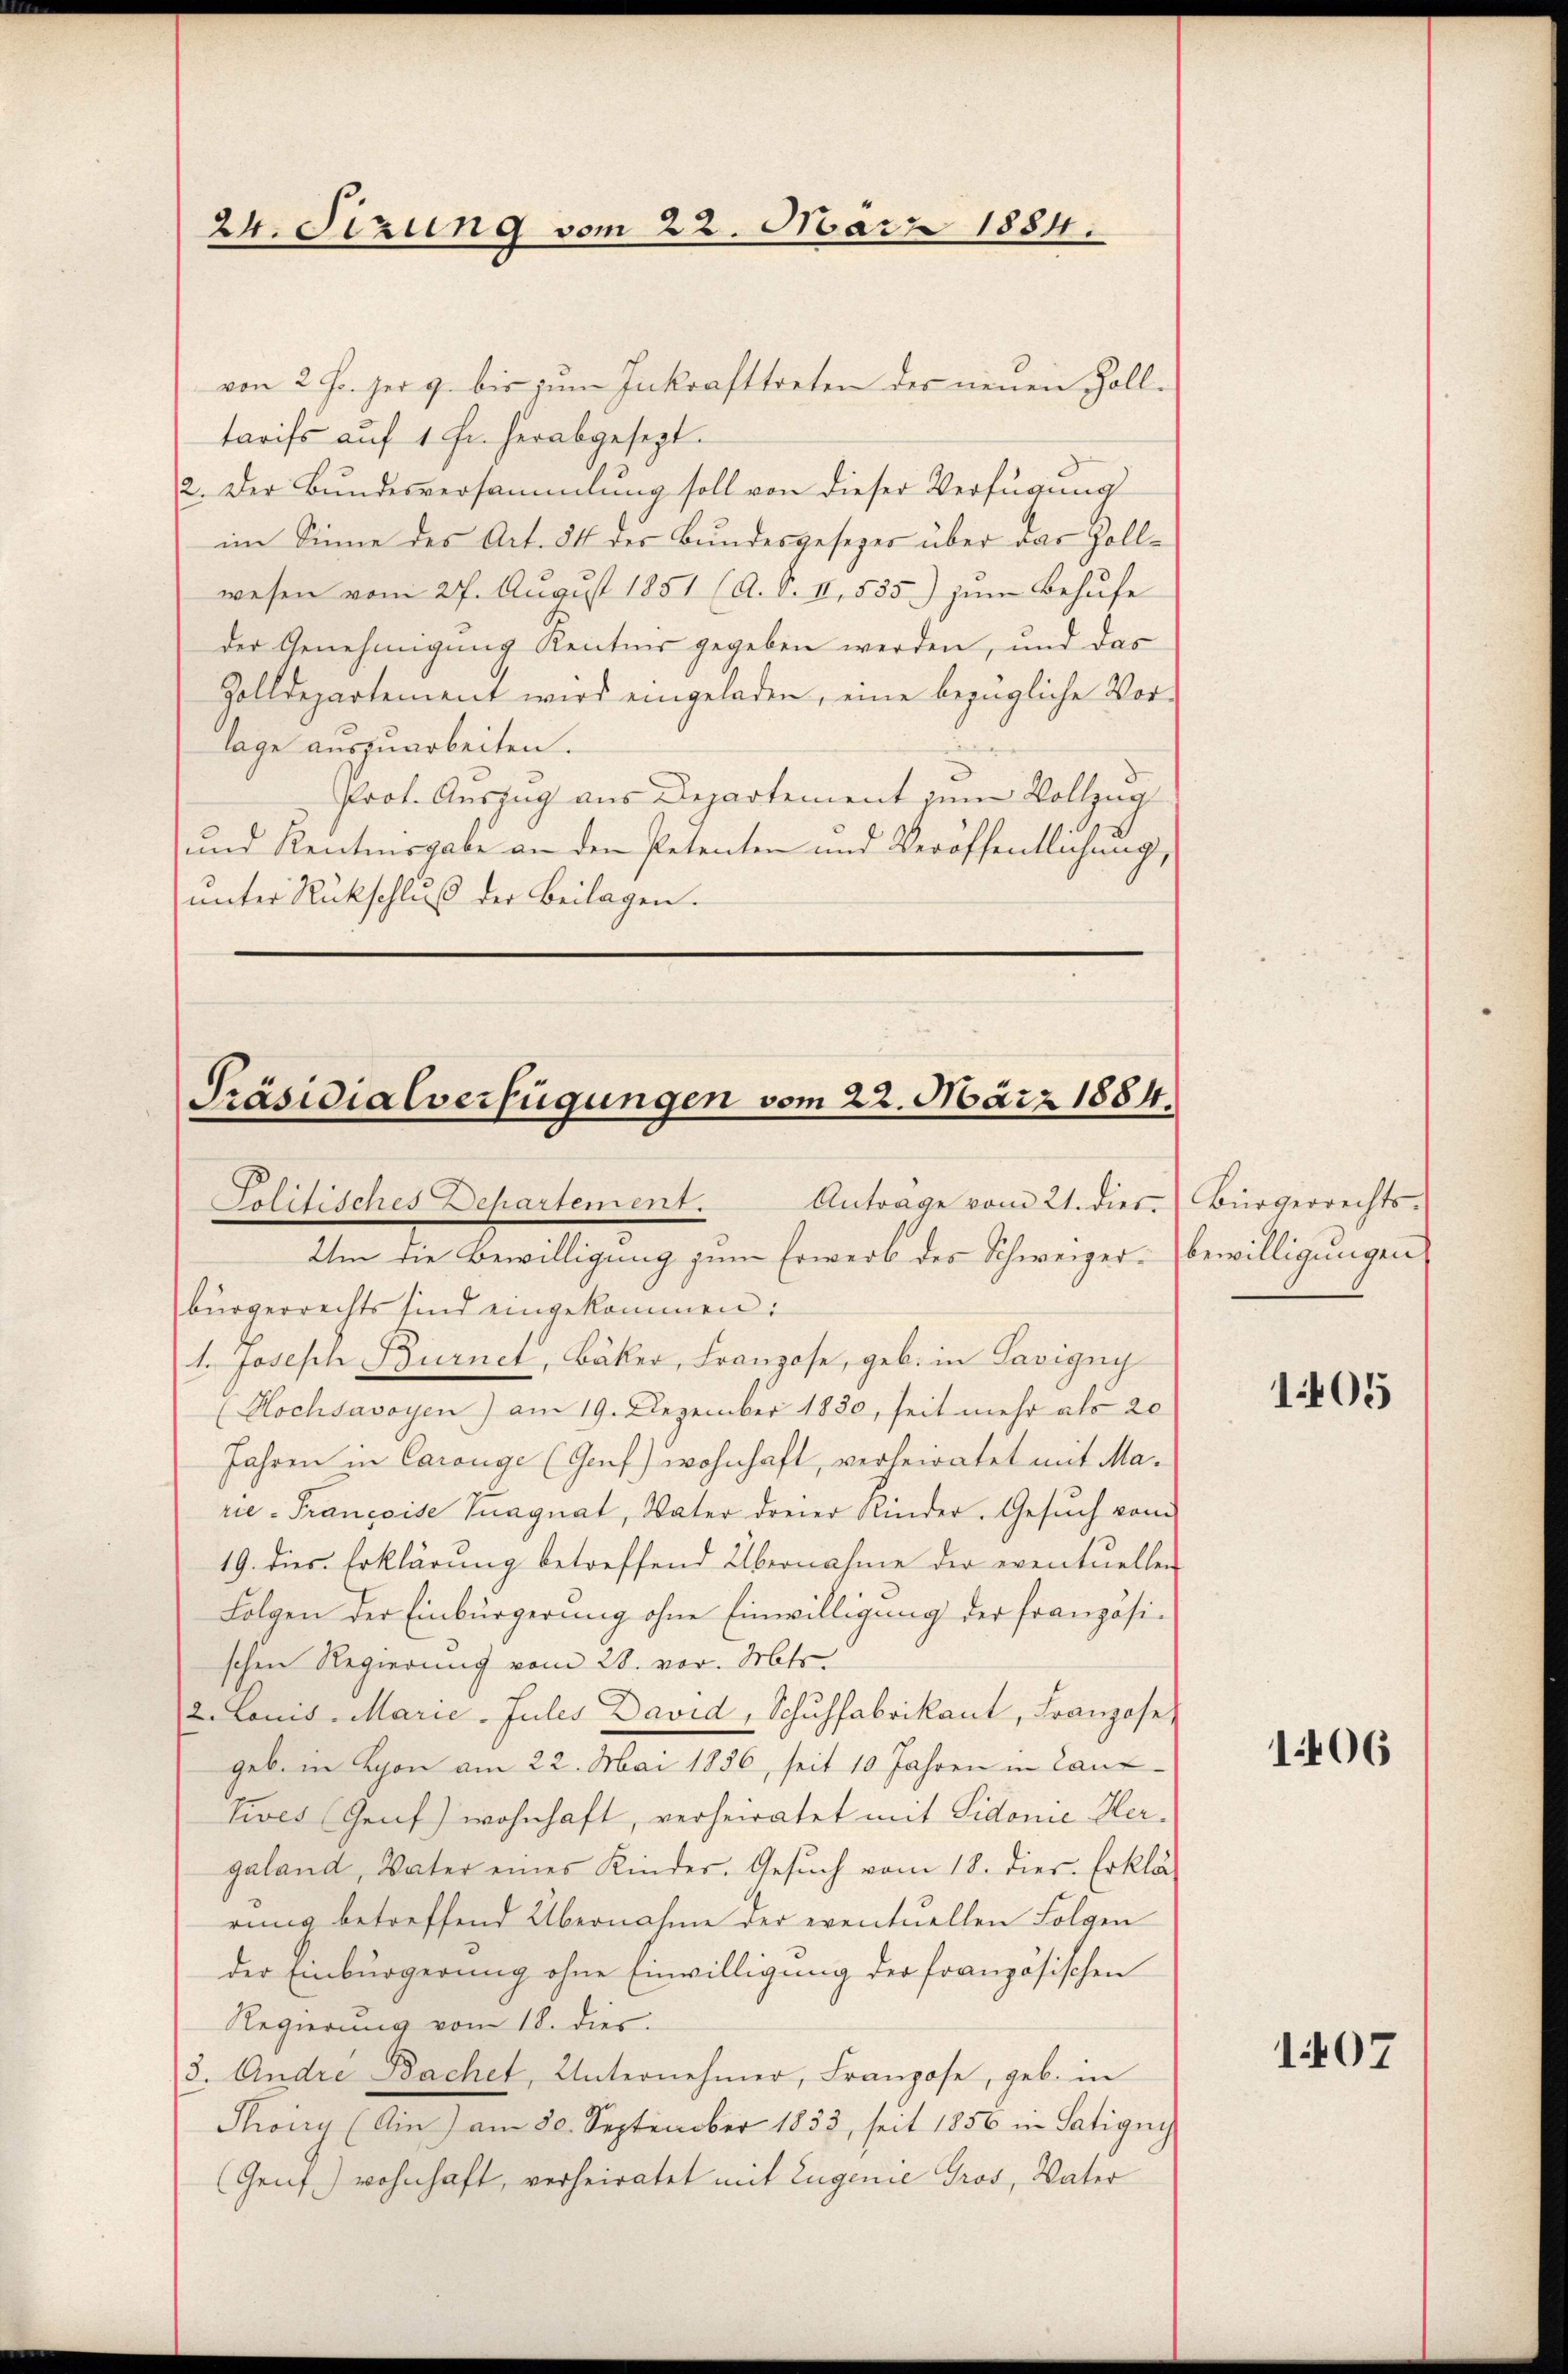
24. Sizung vom 23. März 1884.

Präsidialverfügungen vom 22. März 1884.
Politisches Departement. Antrage vom 21. dies Bürgerrechts-

von 2 Fr. her 9. bis zum Inkrafttreten der neuen Zoll-
tarifs auf 1 Fr. herabgesezt.
2. Der Bundesversammlung soll von dieser Verfügung
im Sinne des Art. 84 der Bundesgesezes über das Zollwesen vom 27. August 1851 (A. S. II, 535) zum Behufe
der Genehmigung Kenntnis gegeben werden, und das
Zolldepartement wird eingeladen, eine bezügliche Vor-
lage auszuarbeiten.
Prot. Auszug aus Departement zum Vollzug
und Kenntnisgabe an den Petenten und Veröffentlichung,
unter Rückschluß der Beilagen.

Um die Bewilligung zum Erwerb des Schweizerbürgerrechts sind eingekommen:
1. Joseph Burnet, Bäker, Franzose, geb. in Savigny
(Hochsavoyen) am 19. Dezember 1830, seit mehr als 20
Jahren in Carouge (Genf) wohnhaft, verheiratet mit Ma-
rie - Françoise Vuagnat, Vater dreier Kinder. Gesuch vom
19. dies Erklärung betreffend Übernahme der eventuellen
Folgen der Einbürgerung ohne Einwilligung der französischen Regierung vom 28. vor. Mts.
2. Louis-Marie-Jules David, Schuhfabrikant, Franzose
geb. in Lyon am 22. Mai 1856, seit 10 Jahren in Lanz-
Tives (Genf) wohnhaft, verheiratet mit Sidonie Hergaland, Vater eines Kinder. Gesuch vom 18. dies. Erklä-
rung betreffend Übernahme der eventuellen Folgen
der Einbürgerung ohne Einwilligung der französischen
Regierung vom 18. dies
3. Andre Dachet, Unternehmer, Franzose, geb. in
Thony (Ain) am 30. September 1833, seit 1856 in Satignis
(Genf) wohnhaft, verheiratet mit Eugenie Gros, Vater

bewilligungen

1405

106

1407